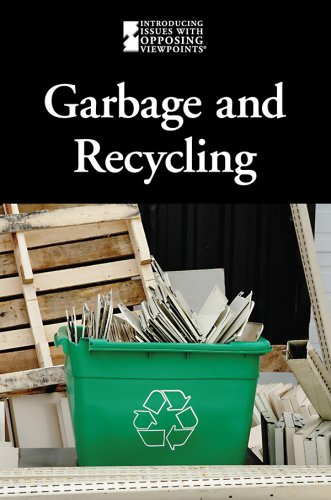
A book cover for Garbage And Recycling (Introducing Issues With Opposing Viewpoints); Science & Math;